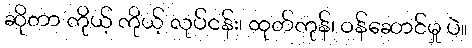
ဆိုတာ ကိုယ့် ကိုယ့် လုပ်ငန်း၊ ထုတ်ကုန်၊ ဝန်ဆောင်မှု ပဲ။